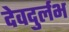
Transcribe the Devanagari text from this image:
देवदुर्लभ